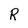
Character: R